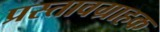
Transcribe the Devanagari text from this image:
प्रस्तावग्राहक